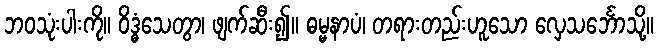
ဘဝသုံးပါးကို။ ဝိဒ္ဓံသေတွာ၊ ဖျက်ဆီး၍။ ဓမ္မနာပံ၊ တရားတည်းဟူသော လှေသင်္ဘောသို့။